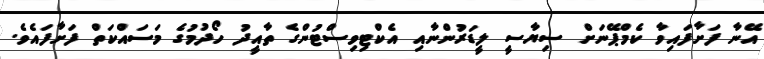
އޭނާ ފަށާފައިވާ ކެމްޕޭނަށް ސިޔާސީ ލީޑަރުންނާއި އެކްޓިވިސްޓުންގެ ތާއީދު ހޯދުމުގެ މަސައްކަތް ފަށާފައެވެ.